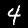
Digit: 4